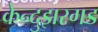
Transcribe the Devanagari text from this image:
केन्दुझरगड